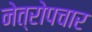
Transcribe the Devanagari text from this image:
नेत्रोपचार